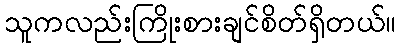
သူကလည်းကြိုးစားချင်စိတ်ရှိတယ်။